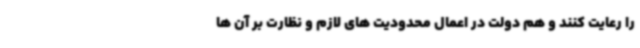
را رعایت کنند و هم دولت در اعمال محدودیت های لازم و نظارت بر آن ها